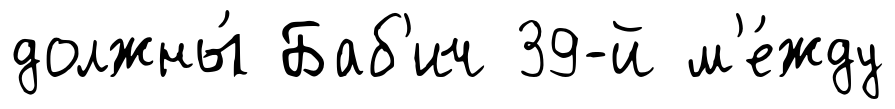
должны́ Баб'ич 39-й м'е́жду